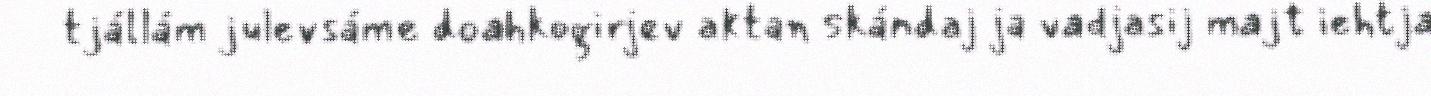
tjállám julevsáme doahkogirjev aktan skándaj ja vadjasij majt iehtja